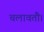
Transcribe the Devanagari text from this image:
चलावतौ।